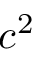
c ^ { 2 }